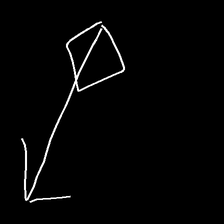
Glyph: focus